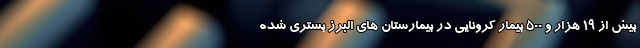
بیش از ۱۹ هزار و ۵۰۰ بیمار کرونایی در بیمارستان های البرز بستری شده